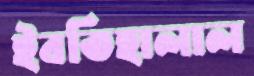
ইবতিহালাল